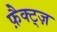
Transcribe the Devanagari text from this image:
फ़ैक्ट्ज़